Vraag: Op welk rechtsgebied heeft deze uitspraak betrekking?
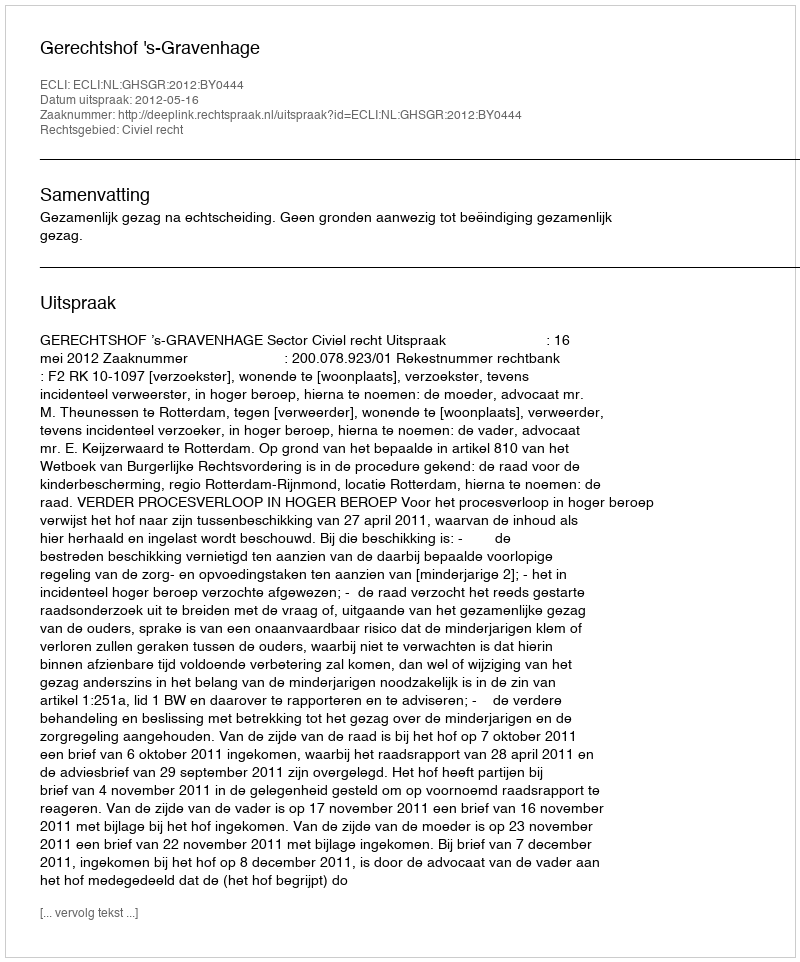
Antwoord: Civiel recht